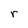
Character: r